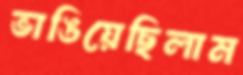
ভাঙিয়েছিলাম